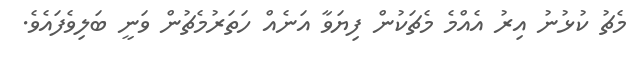
މެޗު ކުޅުނު އިރު އެއްމެ މެޗަކުން ފިޔަވާ އަނެއް ހަތަރުމެޗުން ވަނީ ބަލިވެފައެވެ.